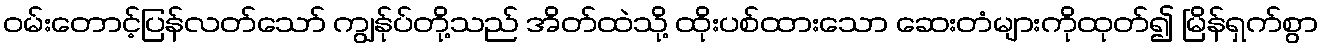
ဝမ်းတောင့်ပြန်လတ်သော် ကျွန်ုပ်တို့သည် အိတ်ထဲသို့ ထိုးပစ်ထားသော ဆေးတံများကိုထုတ်၍ မြိန်ရှက်စွာ